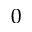
0